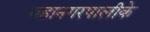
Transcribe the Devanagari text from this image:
महानगरपालीके